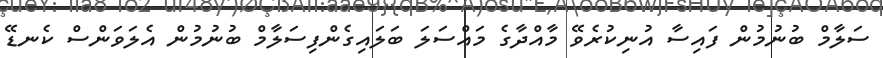
ސަލާމް ބުނުމުން ފައިސާ އުނިކުރެވޭ މާއްދާގެ މައްސަލަ ބަލައިގެންފިސަލާމް ބުނުމުން އެލަވަންސް ކެނޑޭ